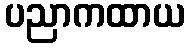
ပညာကထာယ